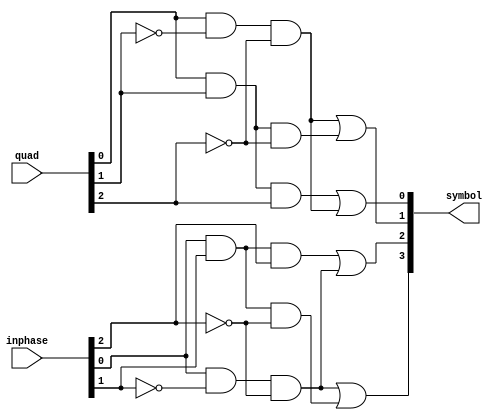
//-----------------------------------------------------
// Overview
//  This is a Gate Level implementation to decode IQ 
//	16QAM data into Symbols.
// Design Name:   HW1_part_D
//
// Inputs: 
//		inphase: the I input signal from the IQ demodulator
//		quad: the Q input signal from the IQ demodulator
// Outputs: 
//		symbol: The decoded output symbol
//
// History:       17 Jan. 2017, T. Brothers, File Created
//				  23 Jan. 2017, Mayank Parasar, Completed the file
//-----------------------------------------------------

module HW1_part_D(inphase, quad, symbol); // defines the module

//-----------------------------------------------------
// PARAMETERS : universal things that you cannot change during the run..
//-----------------------------------------------------

//Modules Parameters
parameter input_bitwidth = 3;
parameter symbol_bitwidth = 4;

//-----------------------------------------------------
// SIGNALS
//-----------------------------------------------------

//Module inputs and outputs
input wire [input_bitwidth-1:0] inphase;
input wire [input_bitwidth-1:0] quad;
output wire [symbol_bitwidth-1:0] symbol;

// User defined signals
//ours is complex and need more wires...
//wire example_signal;
// These wires contain the output of not gate in verilog...
wire [1:0] quad_bar;
wire [1:0] inphase_bar;
// Intermediate output from AND gates
wire [2:0] quad_and;
wire [2:0] inphase_and;

//-----------------------------------------------------
// Instantiate the Gates
//-----------------------------------------------------
// For Quadrature component
and and_1(quad_and[2],quad[0], quad[1], quad[2]);
not not_1(quad_bar[1], quad[2]);
not not_2(quad_bar[0], quad[1]);
and and_2(quad_and[1],quad[0], quad_bar[0], quad_bar[1]);
and and_3(quad_and[0],quad[0], quad[1], quad_bar[1]);
or or_1(symbol[0], quad_and[2], quad_and[1]);
or or_2(symbol[1], quad_and[1], quad_and[0]);

// For Inphase component
// and and_Q(symbol[1],inphase[0], inphase[1]);	
and and_4(inphase_and[2],inphase[0], inphase[1], inphase[2]);
not not_3(inphase_bar[1], inphase[2]);
not not_4(inphase_bar[0], inphase[1]);
and and_5(inphase_and[1],inphase[0], inphase_bar[0], inphase_bar[1]);
and and_6(inphase_and[0],inphase[0], inphase[1], inphase_bar[1]);
or or_3(symbol[2], inphase_and[2], inphase_and[1]);
or or_4(symbol[3], inphase_and[1], inphase_and[0]);

endmodule